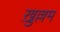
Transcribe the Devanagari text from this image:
ख़ुल्लम